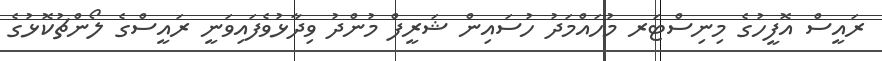
ރައީސް އޮފީހުގެ މިނިސްޓަރ މުހައްމަދު ހުސައިން ޝަރީފް މުންދު ވިދާޅުވެފައިވަނީ ރައީސްގެ ލޯންޗުކޮޅުގެ